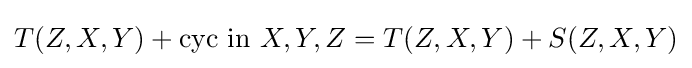
T(Z,X,Y)+{\textrm {cyc~in~}}X,Y,Z=T(Z,X,Y)+S(Z,X,Y)